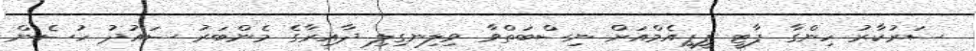
ސަރުކާރު ހިންގާ ޕާޓީ ޕީޕީއެމްއަށް ނިސްބަތްވާ ވިލިނގިލި ދާއިރާގެ މެންބަރު ސައުދު ހުސެން